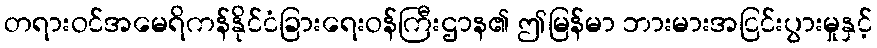
တရားဝင်အမေရိကန်နိုင်ငံခြားရေးဝန်ကြီးဌာန၏ ဤမြန်မာ ဘားမားအငြင်းပွားမှုနှင့်